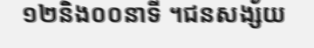
១២និង០០នាទី ។ជនសង្ស័យ